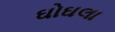
ઘોઘલા